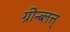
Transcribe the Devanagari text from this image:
ग्रीन्ब्लत्त्